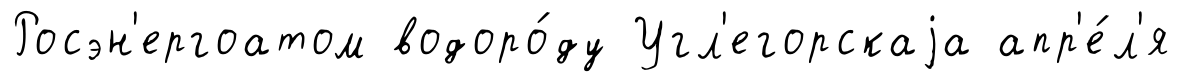
Росэн'ергоатом водоро́ду Угл'егорскаjа апр'е́л'я